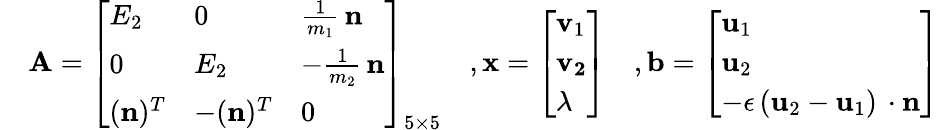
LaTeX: \begin{array}{rl}&{\mathbf{A}=\left[\begin{array}{lll}{E_{2}}&{0}&{\frac{1}{m_{1}}\, \mathbf{n}}\\ {0}&{E_{2}}&{-\frac{1}{m_{2}}\, \mathbf{n}}\\ {(\mathbf{n})^{T}}&{-(\mathbf{n})^{T}}&{0}\end{array}\right]_{5\times 5}\quad,\mathbf x=\left[\begin{array}{l}{\mathbf{v}_{1}}\\ {\mathbf{v_{2}}}\\ {\lambda}\end{array}\right]\quad,\mathbf b=\left[\begin{array}{l}{\mathbf{u}_{1}}\\ {\mathbf{u}_{2}}\\ {-\epsilon\, (\mathbf u_{2}-\mathbf u_{1})\, \cdot\mathbf n}\end{array}\right]}\end{array}